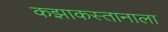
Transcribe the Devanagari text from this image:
कझाकस्तानाला